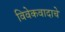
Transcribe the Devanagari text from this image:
विवेकवादाचे